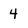
Character: 4